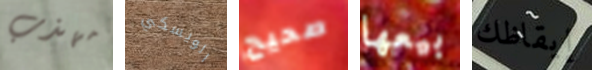
مهذب الويسكي صحيح بيعها إيقاظك